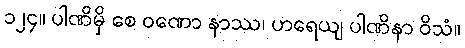
၁၂၄။ ပါဏိမှိ စေ ဝဏော နာဿ၊ ဟရေယျ ပါဏိနာ ဝိသံ။